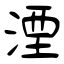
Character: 湮